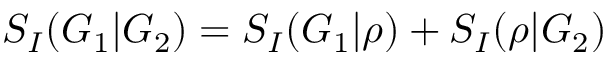
S _ { I } ( G _ { 1 } | G _ { 2 } ) = S _ { I } ( G _ { 1 } | \rho ) + S _ { I } ( \rho | G _ { 2 } )